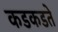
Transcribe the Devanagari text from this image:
कडकडते